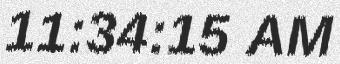
11:34:15 AM